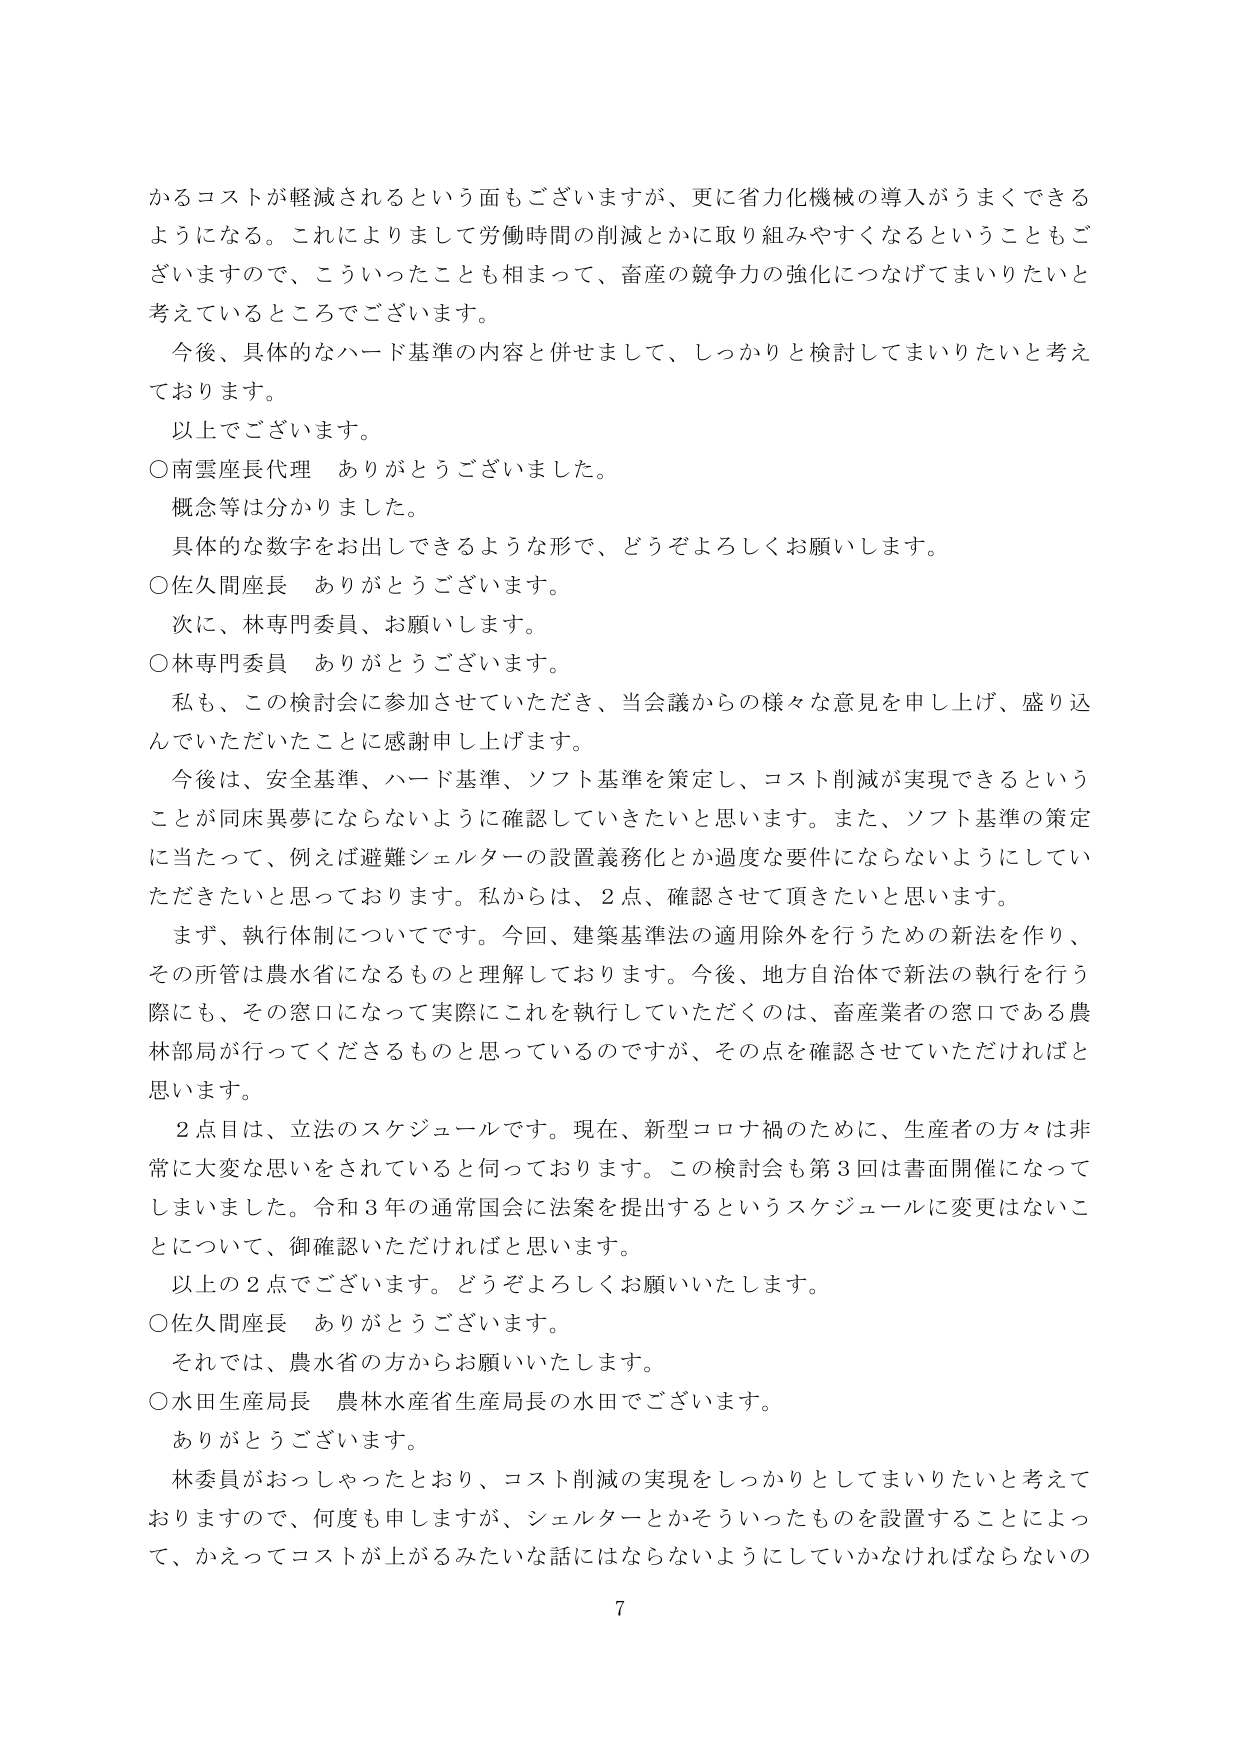
かるコストが軽減されるという面もございますが、更に省力化機械の導入がうまくできるようになる。これによりまして労働時間の削減とかに取り組みやすくなるということもございますので、こういったことも相まって、畜産の競争力の強化につなげてまいりたいと考えているところでございます。

今後、具体的なハード基準の内容と併せまして、しっかりと検討してまいりたいと考えております。

以上でございます。

○南雲座長代理　ありがとうございます。

概念等は分かりました。

具体的な数字をお出しできるような形で、どうぞよろしくお願いします。

○佐久間座長　ありがとうございます。

次に、林専門委員、お願いします。

○林専門委員　ありがとうございます。

私も、この検討会に参加させていただき、当会議からの様々な意見を申し上げ、盛り込んでいただいたことに感謝申し上げます。

今後は、安全基準、ハード基準、ソフト基準を策定し、コスト削減が実現できるということが同床異夢にならないように確認していきたいと思います。また、ソフト基準の策定に当たって、例えば避難シェルターの設置義務化とか過度な要件にならないようにしていただきたいと思っております。私からは、2点、確認させて頂きたいと思います。

まず、執行体制についてです。今回、建築基準法の適用除外を行うための新法を作り、その所管は農水省になるものと理解しております。今後、地方自治体で新法の執行を行う際にも、その窓口になって実際にこれを執行していただくのは、畜産業者の窓口である農林部局が行ってくださるものと思っているのですが、その点を確認させていただければと思います。

2点目は、立法のスケジュールです。現在、新型コロナ禍のために、生産者の方々は非常に大変な思いをされていると伺っております。この検討会も第3回は書面開催になってしまいました。令和3年の通常国会に法案を提出するというスケジュールに変更はないことについて、御確認いただければと思います。

以上の2点でございます。どうぞよろしくお願いいたします。

○佐久間座長　ありがとうございます。

それでは、農水省の方からお願いいたします。

○水田生産局長　農林水産省生産局長の水田でございます。

ありがとうございます。

林委員がおっしゃったとおり、コスト削減の実現をしっかりとしてまいりたいと考えておりますので、何度も申しますが、シェルターとかそういったものを設置することによって、かえってコストが上がるみたいな話にはならないようにしていかなければならないの

7